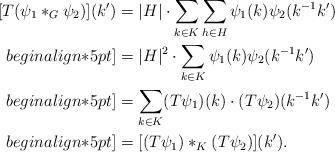
LaTeX: \begin{align*}[T(\psi_1 *_G \psi_2)](k') &= |H|\cdot \sum_{k \in K} \sum_{h\in H} \psi_1(k) \psi_2(k^{-1} k') \\begin{align*}5 pt]&= |H|^2 \cdot \sum_{k \in K} \psi_1(k) \psi_2(k^{-1} k') \\begin{align*}5 pt]&= \sum_{k \in K} (T \psi_1)(k) \cdot (T \psi_2)(k^{-1} k') \\begin{align*}5 pt]&= [(T \psi_1) *_K (T \psi_2)](k').\end{align*}